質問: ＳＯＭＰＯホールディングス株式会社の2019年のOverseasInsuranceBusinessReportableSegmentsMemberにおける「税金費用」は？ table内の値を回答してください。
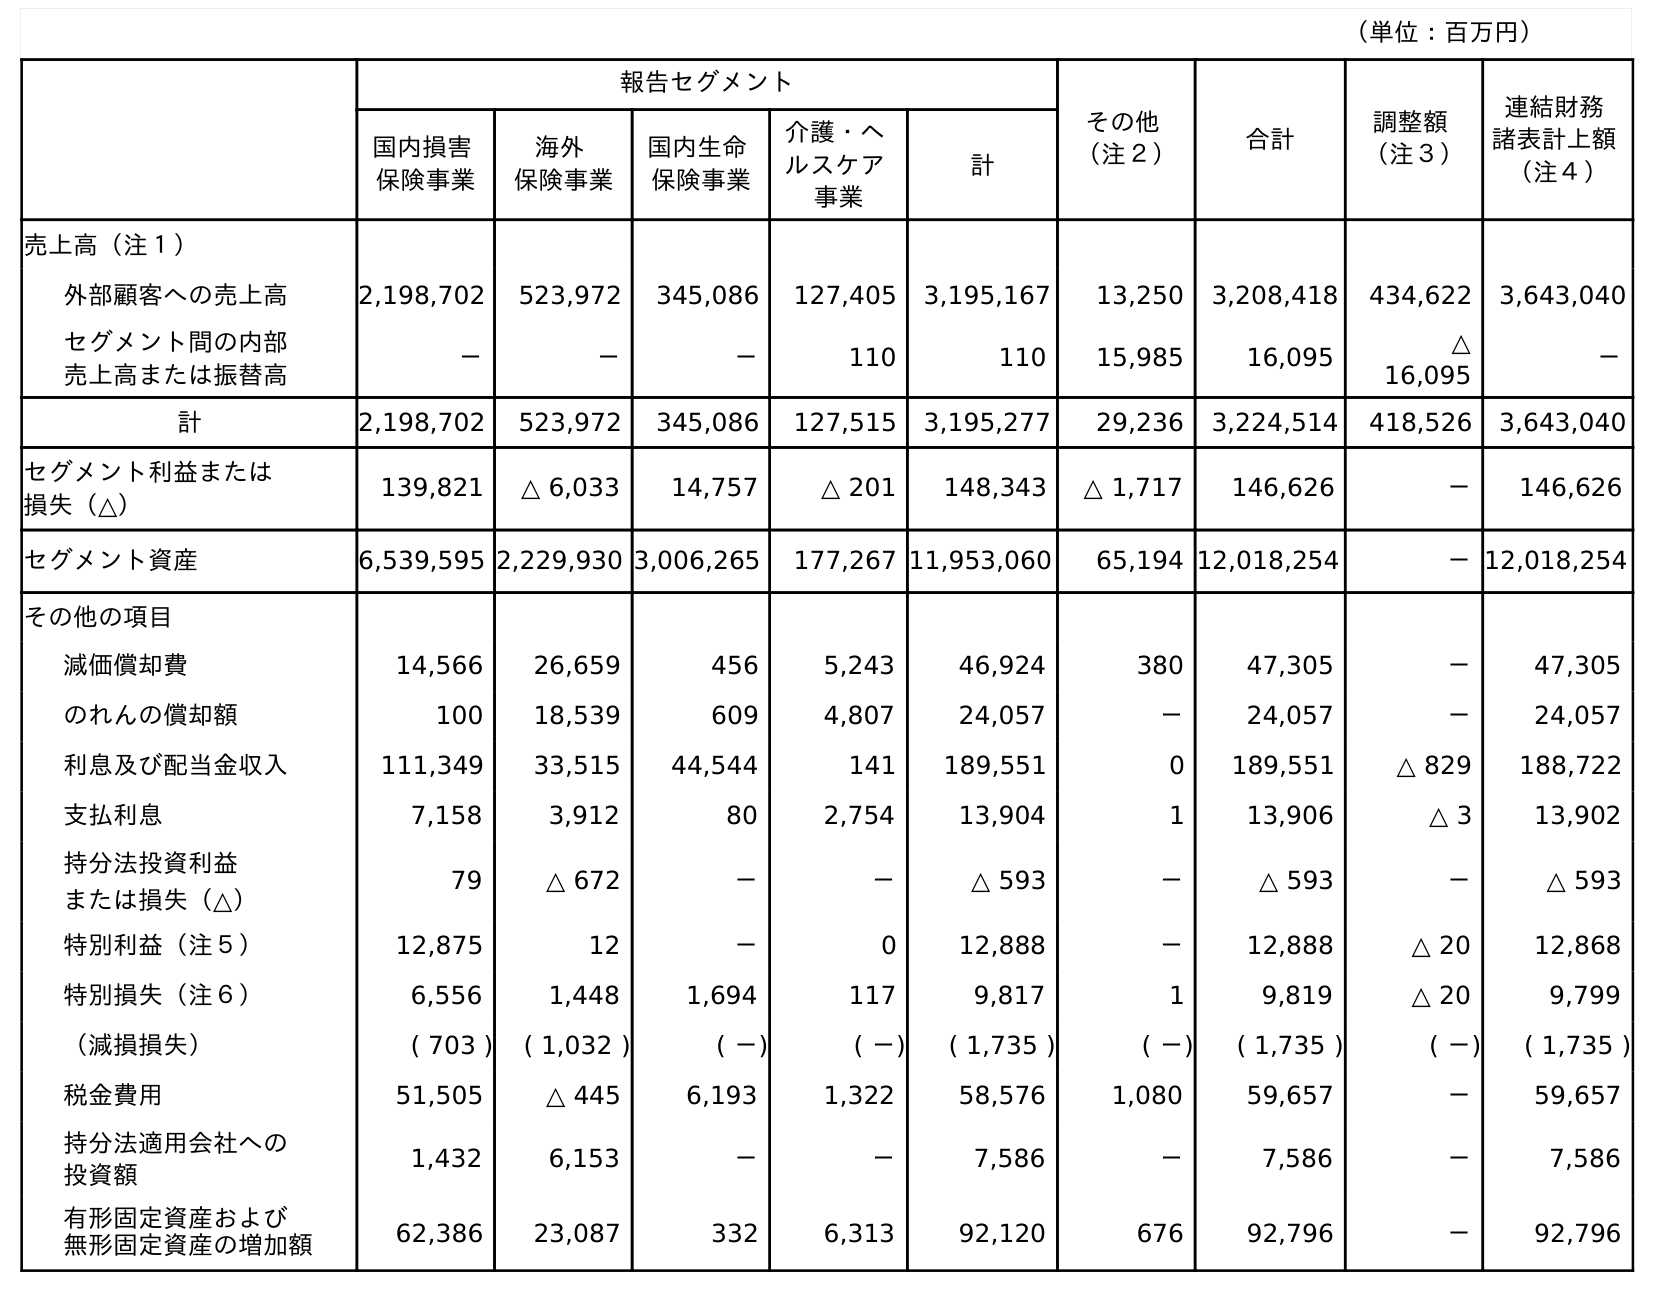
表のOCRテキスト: （単位：百万円） 報告セグメント その他 （注２） 合計 調整額 （注３） 連結財務 諸表計上額 （注４） 国内損害 保険事業 海外 保険事業 国内生命 保険事業 介護・ヘ ルスケア 事業 計 売上高（注１） 外部顧客への売上高 2,198,702 523,972 345,086 127,405 3,195,167 13,250 3,208,418 434,622 3,643,040 セグメント間の内部 売上高または振替高 － － － 110 110 15,985 16,095 △ 16,095 － 計 2,198,702 523,972 345,086 127,515 3,195,277 29,236 3,224,514 418,526 3,643,040 セグメント利益または 損失（△） 139,821 △ 6,033 14,757 △ 201 148,343 △ 1,717 146,626 － 146,626 セグメント資産 6,539,595 2,229,930 3,006,265 177,267 11,953,060 65,194 12,018,254 －12,018,254 その他の項目 減価償却費 14,566 26,659 456 5,243 46,924 380 47,305 － 47,305 のれんの償却額 100 18,539 609 4,807 24,057 － 24,057 － 24,057 利息及び配当金収入 111,349 33,515 44,544 141 189,551 0 189,551 △ 829 188,722 支払利息 7,158 3,912 80 2,754 13,904 1 13,906 △ 3 13,902 持分法投資利益 または損失（△） 79 △ 672 － － △ 593 － △ 593 － △ 593 特別利益（注５） 12,875 12 － 0 12,888 － 12,888 △ 20 12,868 特別損失（注６） 6,556 1,448 1,694 117 9,817 1 9,819 △ 20 9,799 （減損損失） ( 703 ) ( 1,032 ) ( －) ( －) ( 1,735 ) ( －) ( 1,735 ) ( －) ( 1,735 ) 税金費用 51,505 △ 445 6,193 1,322 58,576 1,080 59,657 － 59,657 持分法適用会社への 投資額 1,432 6,153 － － 7,586 － 7,586 － 7,586 有形固定資産および 無形固定資産の増加額 62,386 23,087 332 6,313 92,120 676 92,796 － 92,796
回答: △445